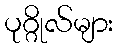
ပုဂ္ဂိုလ်များ